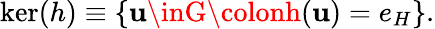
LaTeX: \ker(h)\equiv\left\{ \mathbf{u}\inG\colonh(\mathbf{u})=e_{H}\right\} .